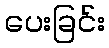
ပေးခြင်း